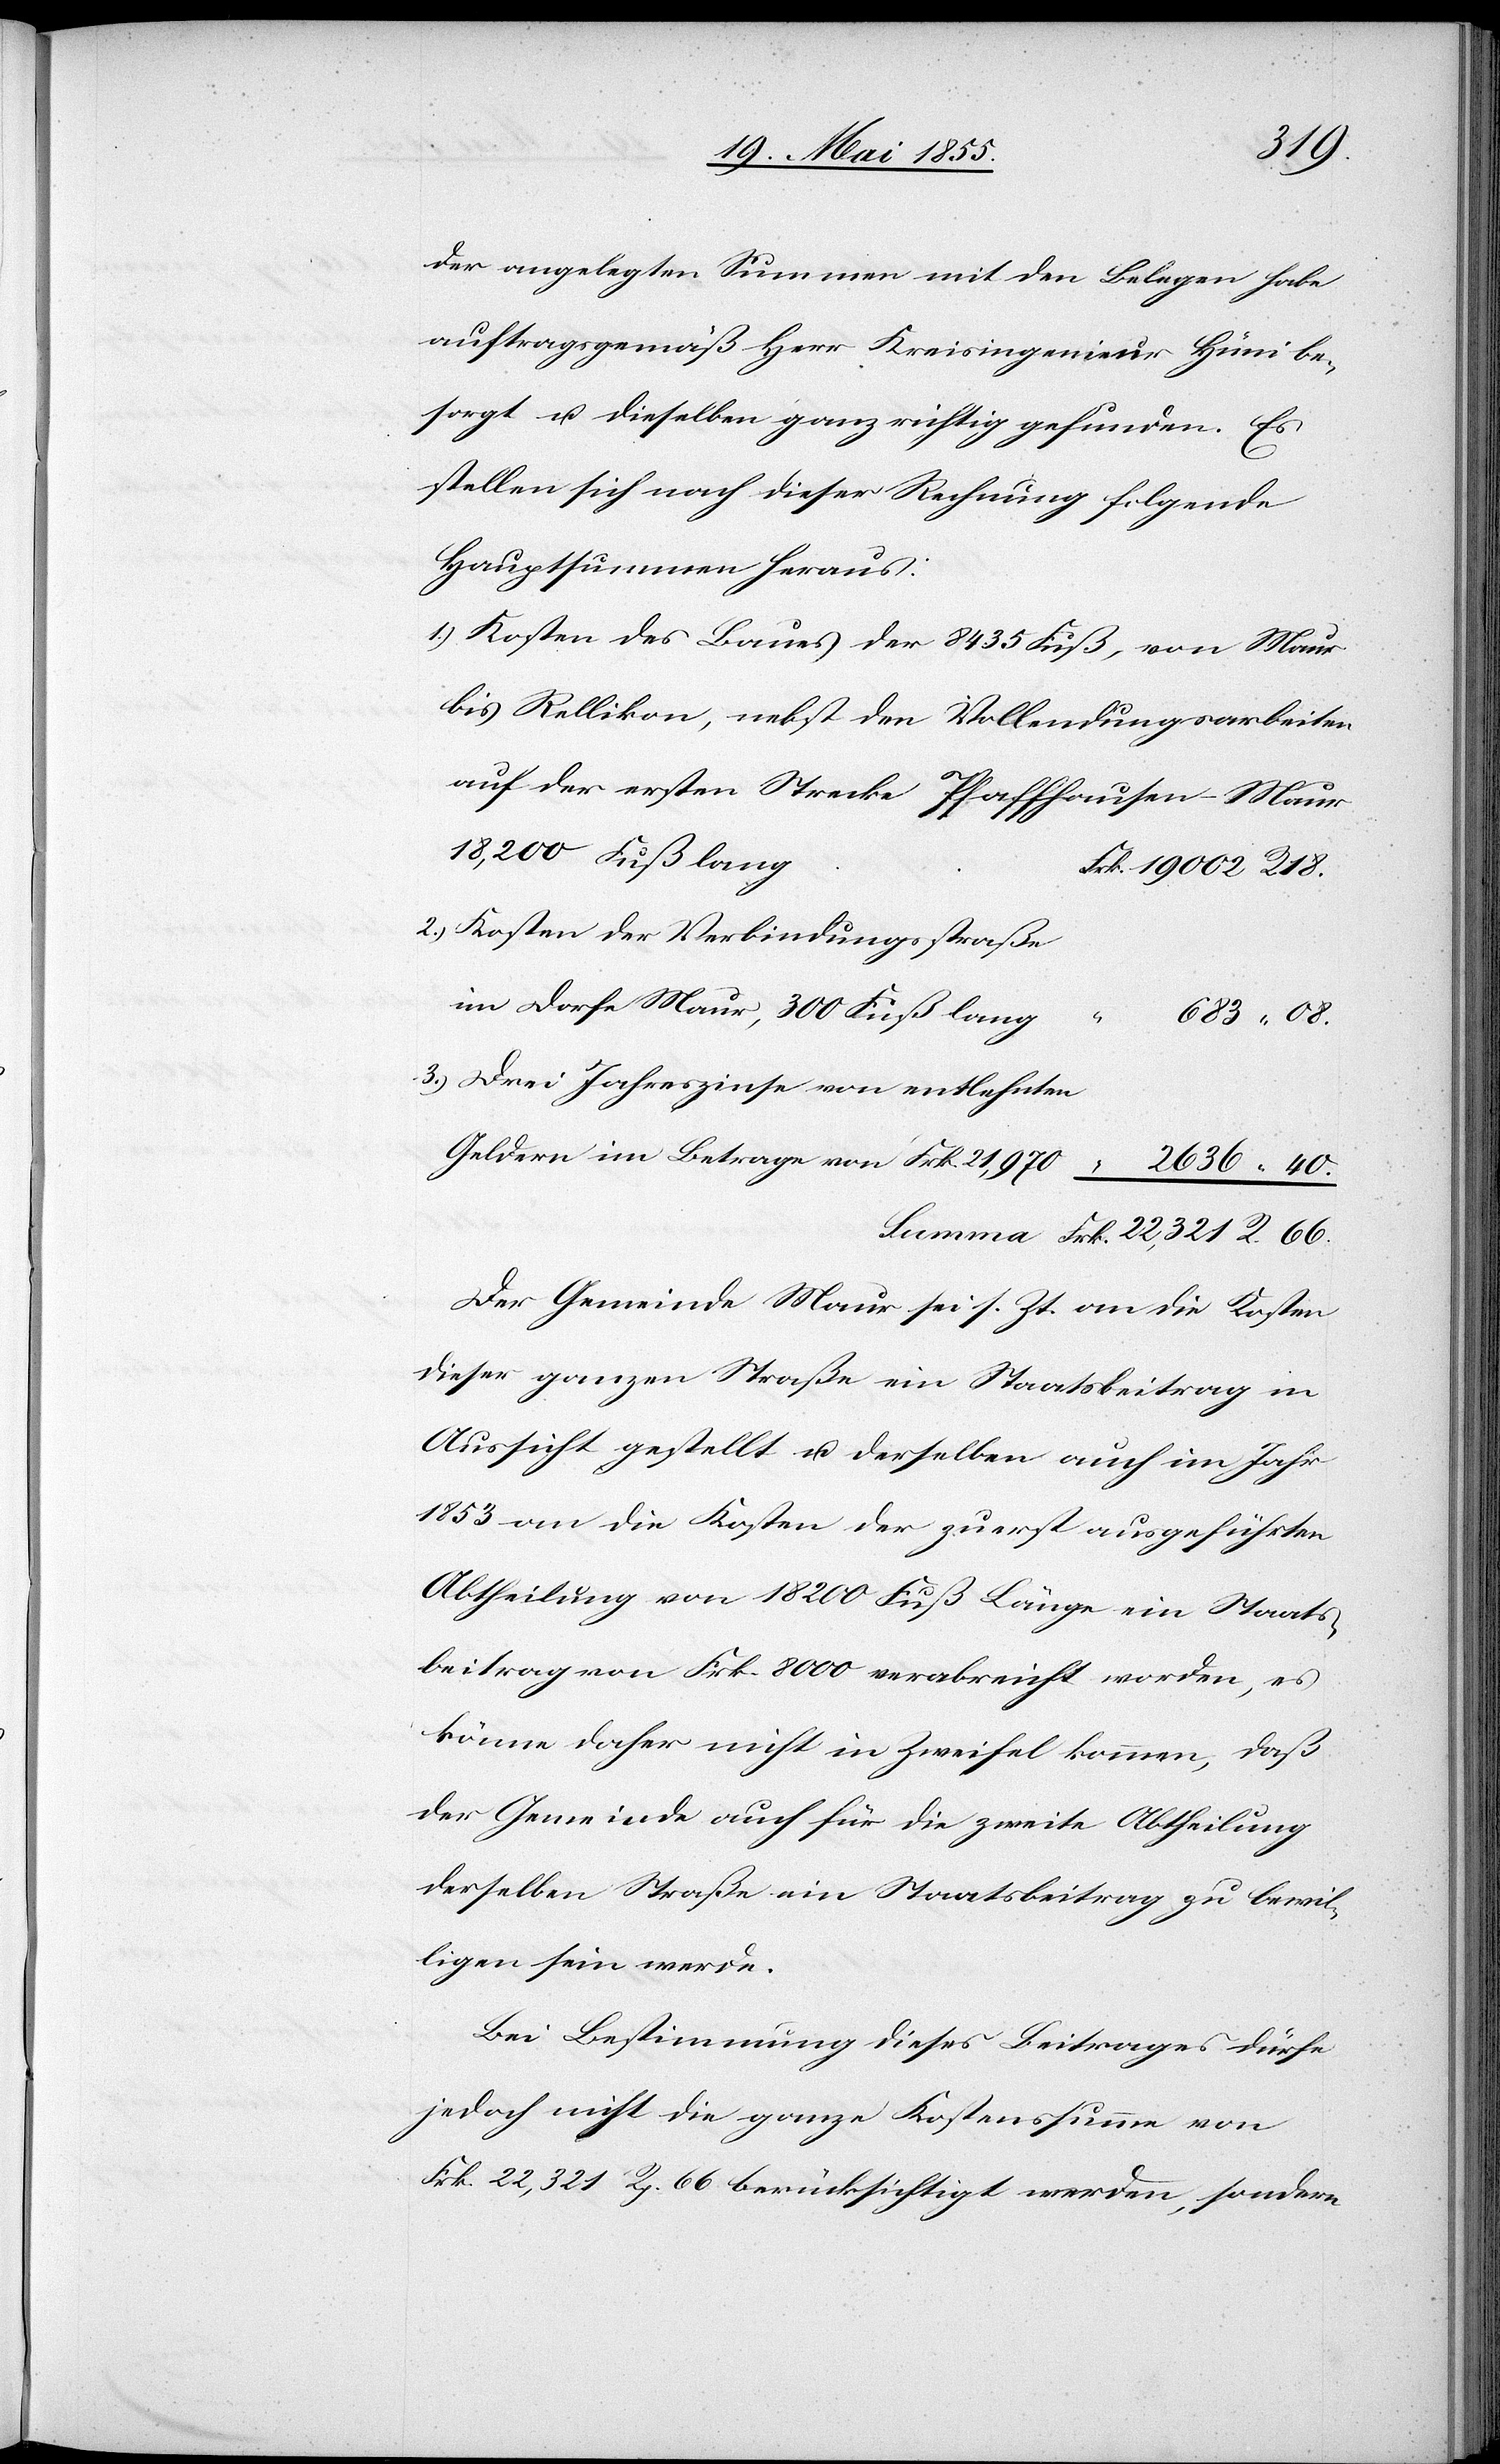
3.)
der angelegten Summen mit den Belegen habe
auftragsgemäß Herr Kreisingenieur Hüni be¬
sorgt u. dieselben ganz richtig gefunden. Es
stellen sich nach dieser Rechnung folgende
Hauptsummen heraus:
Kosten des Baues der 8435 Fuß, von Maur
bis Rellikon, nebst den Vollendungsarbeiten
auf der ersten Strecke Pfaffhausen–Maur
18,200 Fuß lang
Frk. 19 002 R 18.
Kosten der Verbindungsstraße
im Dorfe Maur, 300 Fuß lang
Drei Jahreszinse von entlehnten
Geldern im Betrage von Frk. 21,970
2636 “ 40.
Der Gemeinde Maur sei s. Zt. an die Kosten
dieser ganzen Straße ein Staatsbeitrag in
Aussicht gestellt u. derselbe auch im Jahr
1853 an die Kosten der zuerst ausgeführten
Abtheilung von 18 200 Fuß Länge ein Staats¬
beitrag von Frk. 8000 verabreicht worden, es
könne daher nicht in Zweifel kommen, daß
der Gemeinde auch für die zweite Abtheilung
derselben Straße ein Staatsbeitrag zu bewil¬
ligen sein werde.
Bei Bestimmung dieses Beitrages dürfe
jedoch nicht die ganze Kostenssumme von
Frk. 22,321 Rp. 66 berücksichtigt werden, sondern